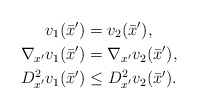
\begin{align*}v_1({\bar{x}}')&=v_2({\bar{x}}'),\\\nabla_{x'} v_1({\bar{x}}')&=\nabla_{x'} v_2({\bar{x}}'),\\D^2_{x'}v_1({\bar{x}}')&\leq D^2_{x'}v_2({\bar{x}}').\end{align*}